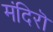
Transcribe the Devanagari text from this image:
मंदिरॊ